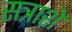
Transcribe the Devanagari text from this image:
सत्राशे